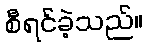
စီရင်ခဲ့သည်။